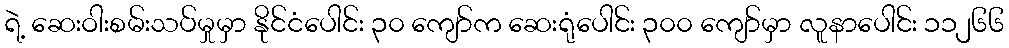
ရဲ့ ဆေးဝါးစမ်းသပ်မှုမှာ နိုင်ငံပေါင်း ၃၀ ကျော်က ဆေးရုံပေါင်း ၃၀၀ ကျော်မှာ လူနာပေါင်း ၁၁၂၆၆